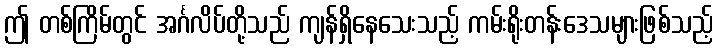
ဤ တစ်ကြိမ်တွင် အင်္ဂလိပ်တို့သည် ကျန်ရှိနေသေးသည့် ကမ်းရိုးတန်းဒေသများဖြစ်သည့်